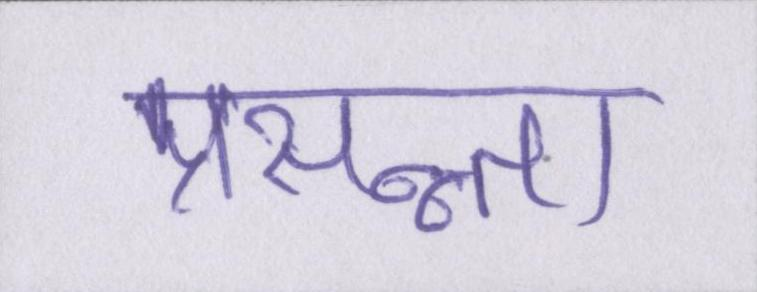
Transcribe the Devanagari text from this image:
प्रसन्न्ता